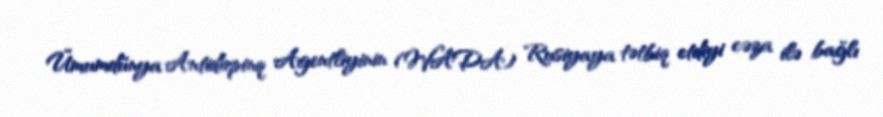
Ümumdünya Antidopinq Agentliyinin (WADA) Rusiyaya tətbiq etdiyi cəza ilə bağlı